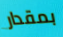
بمقدار